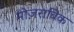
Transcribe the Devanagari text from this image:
मोज़राबिक